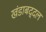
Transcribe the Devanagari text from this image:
खंडाबद्दल